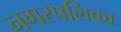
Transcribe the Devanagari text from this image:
नगरपलिका